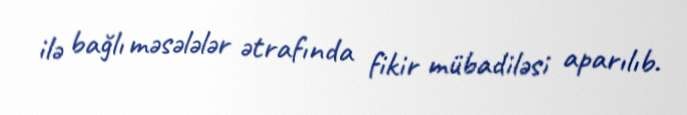
ilə bağlı məsələlər ətrafında fikir mübadiləsi aparılıb.